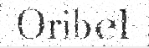
Oribel